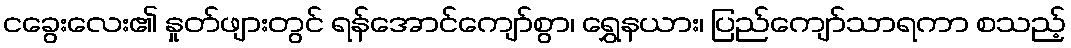
ငခွေးလေး၏ နှုတ်ဖျားတွင် ရန်အောင်ကျော်စွာ၊ ရွှေနယား၊ ပြည်ကျော်သာရကာ စသည့်